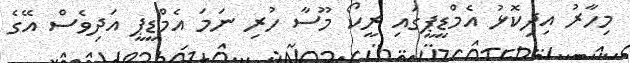
މިހާރު އިދިކޮޅު އެމްޑީޕީގައި ރީކޯ މޫސާ ހުރި ނަމަ އެމްޑީޕީ އަދިވެސް އޭގެ